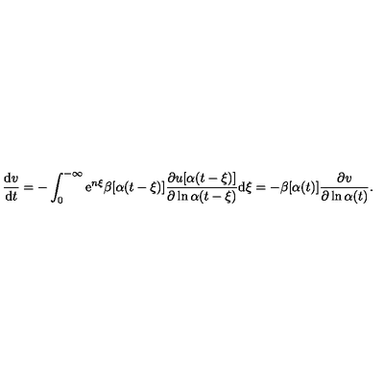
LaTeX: \frac { \mathrm { d } v } { \mathrm { d } t } = - \int _ { 0 } ^ { - \infty } \mathrm { e } ^ { n \xi } \beta [ \alpha ( t - \xi ) ] \frac { \partial u [ \alpha ( t - \xi ) ] } { \partial \ln \alpha ( t - \xi ) } \mathrm { d } \xi = - \beta [ \alpha ( t ) ] \frac { \partial v } { \partial \ln \alpha ( t ) } .